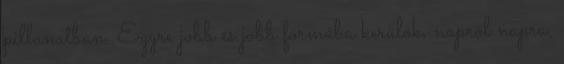
pillanatban. Egyre jobb és jobb formába kerülök, napról napra,